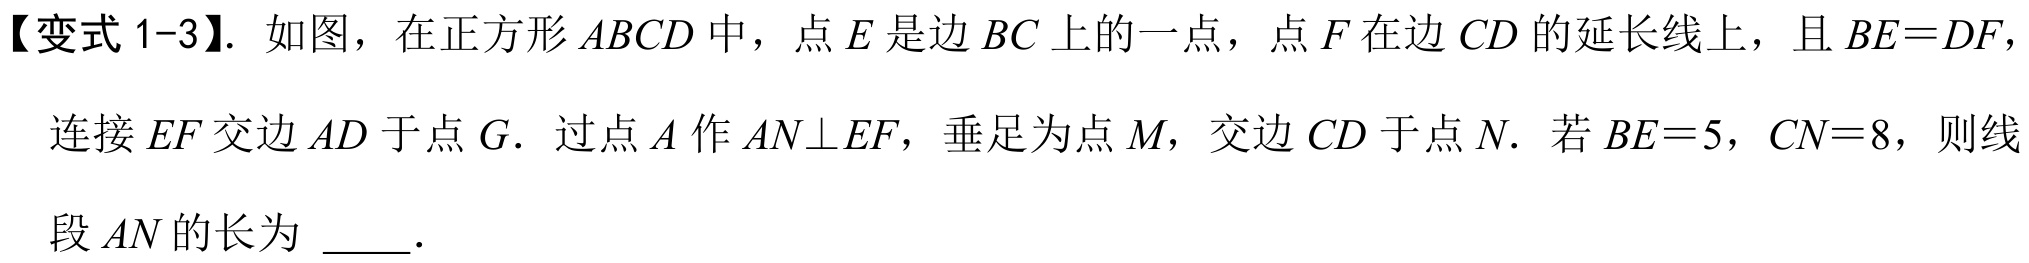
【变式 1-3】. 如图，在正方形 \(ABCD\) 中，点 \(E\) 是边 \(BC\) 上的一点，点 \(F\) 在边 \(CD\) 的延长线上，且 \(BE = DF\)，
连接 \(EF\) 交边 \(AD\) 于点 \(G\). 过点 \(A\) 作 \(AN\perp EF\)，垂足为点 \(M\)，交边 \(CD\) 于点 \(N\). 若 \(BE = 5\)，\(CN = 8\)，则线
段 \(AN\) 的长为 \(\underline{\quad\quad}\).